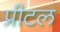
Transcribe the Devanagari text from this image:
प्रीटल